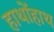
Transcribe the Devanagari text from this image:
हाथोंहाथ